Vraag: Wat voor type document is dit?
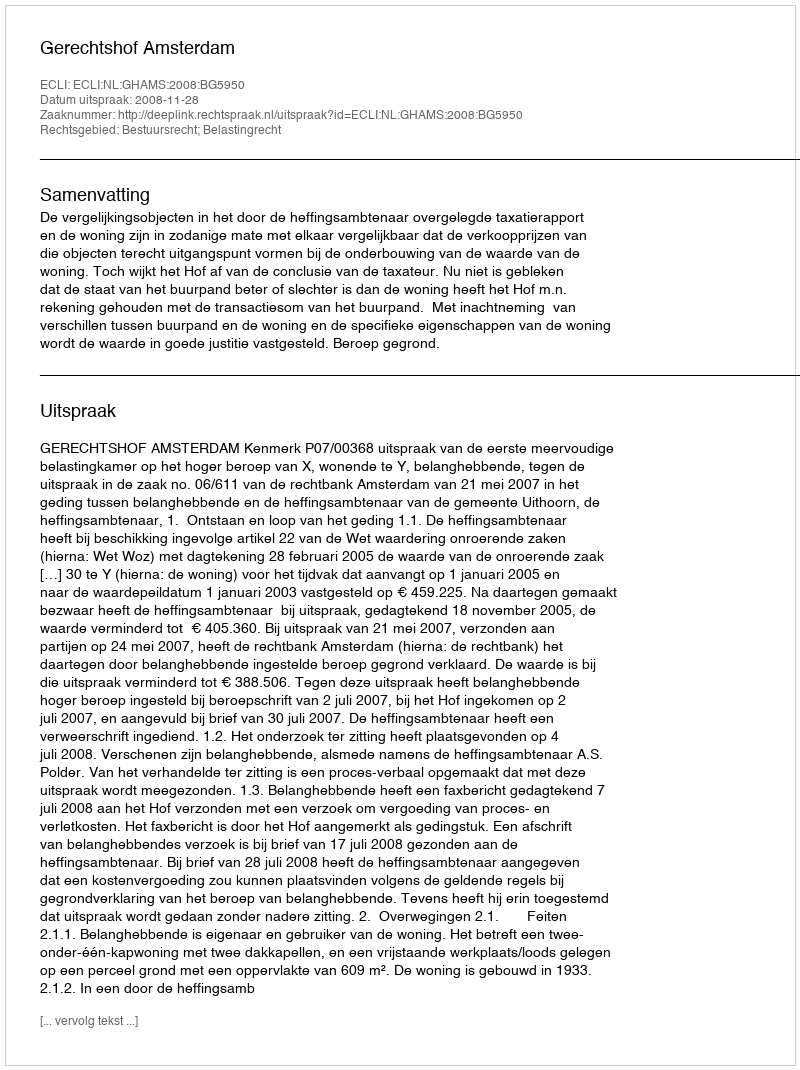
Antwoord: Uitspraak